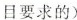
目要求的)